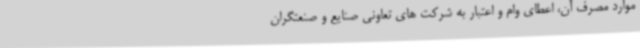
موارد مصرف آن، اعطای وام و اعتبار به شرکت های تعاونی صنایع و صنعتگران